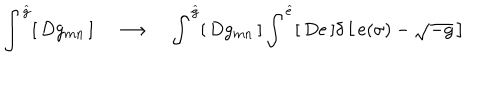
\int ^ { \widehat g } [ \, D g _ { m n } \, ] \quad \longrightarrow \quad \int ^ { \widehat g } [ \, D g _ { m n } \, ] \int ^ { \widehat e } [ \, D e \, ] \delta \left[ \, e ( \sigma ) - \sqrt { - g } \, \right]